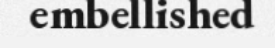
embellished